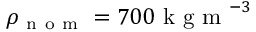
\rho _ { \mathrm { ~ n ~ o ~ m ~ } } = 7 0 0 \mathrm { ~ k ~ g ~ m ~ } ^ { - 3 }